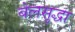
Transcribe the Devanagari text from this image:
बेलसुद्धा